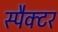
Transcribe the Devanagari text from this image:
स्पैक्टर